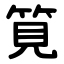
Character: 筧